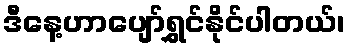
ဒီနေ့ဟာပျော်ရွှင်နိုင်ပါတယ်၊